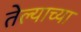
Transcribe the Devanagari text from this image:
तेल्याच्या